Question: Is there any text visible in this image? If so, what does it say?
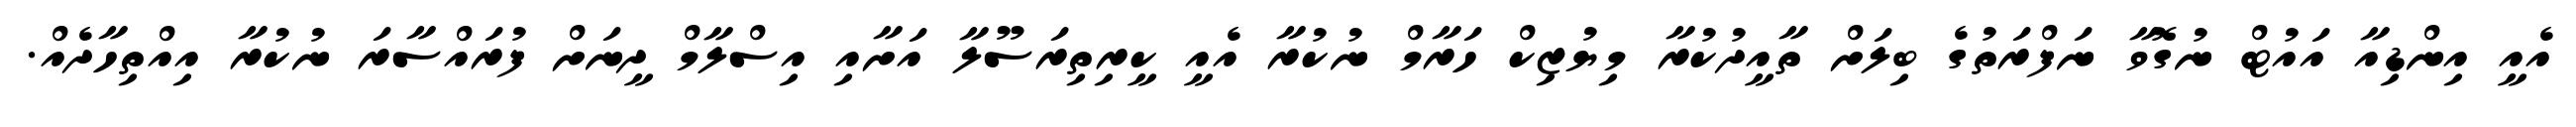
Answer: އެއީ އިންޑިއާ އައުޓް ނުގޮވާ ނަފްރަތުގެ ބިލަށް ތާއީދުކުރާ މިޔުޒިކް ހަރާމް ނުކުރާ އެއީ ކީރިތިރަސޫލާ އަށާއި އިސްލާމް ދީނަށް ފުރައްސާރަ ނުކުރާ އިއްތިހާދެއް.